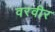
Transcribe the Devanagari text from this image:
वरवीर